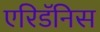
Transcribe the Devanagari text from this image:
एरिडॅनिस